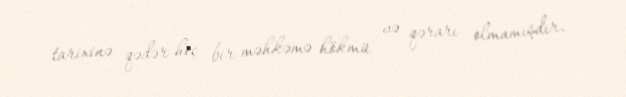
tarixinə qədər heç bir məhkəmə hökmü və qərarı olmamışdır.